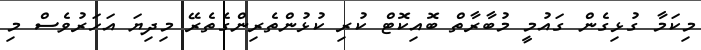
މިކަމާ ގުޅިގެން ގައުމީ މުބާރާތް ބޮއިކޮޓް ކުރި ކުޅުންތެރިންގެތެރޭ މިދިޔަ އަހަރުވެސް މި